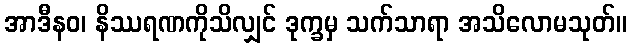
အာဒီနဝ၊ နိဿရဏကိုသိလျှင် ဒုက္ခမှ သက်သာရာ အသိလောမသုတ်။